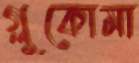
গ্লুকোমা